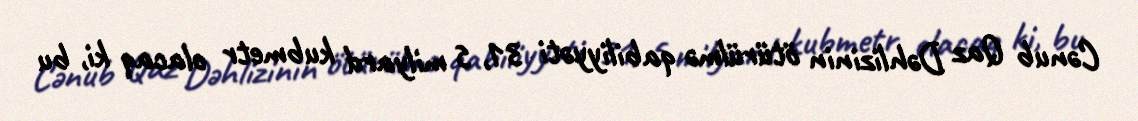
Cənub Qaz Dəhlizinin ötürülmə qabiliyyəti 31, 5 milyard kubmetr olacaq ki, bu